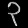
Digit: ၃